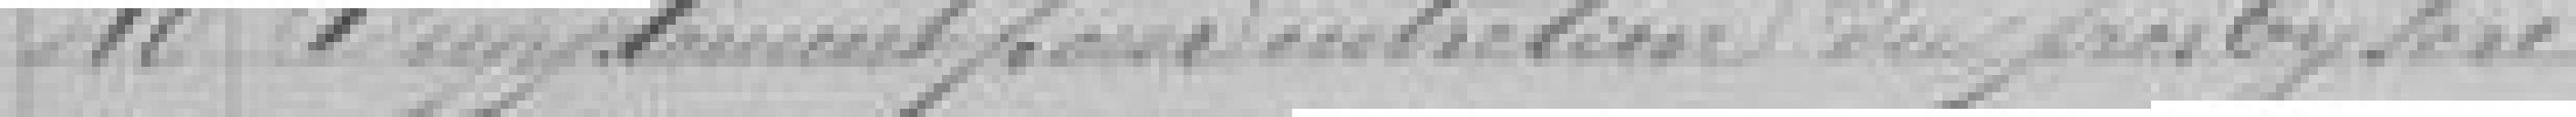
40. Supplément pour entretien du presbytère